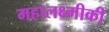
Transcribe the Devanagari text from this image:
महालक्ष्मीकी